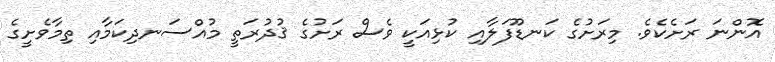
އޮންނަ ރަށެކެވެ. މިރަށުގެ ކަނޑޫފަލާއި ކުޅިއަކީ ވެސް ރަށުގެ ޤުދުރަތީ މުއްސަނދިކަމާއި ތިމާވެށީގެ